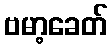
ဗမာ့ခေတ်